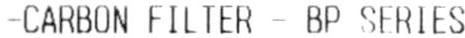
-CARBON FILTER - BP SERIES